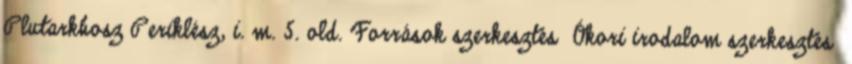
Plutarkhosz Periklész, i. m. 5. old. Források szerkesztés Ókori irodalom szerkesztés